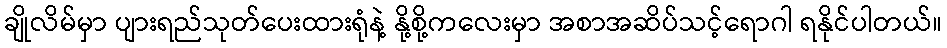
ချိုလိမ်မှာ ပျားရည်သုတ်ပေးထားရုံနဲ့ နို့စို့ကလေးမှာ အစာအဆိပ်သင့်ရောဂါ ရနိုင်ပါတယ်။